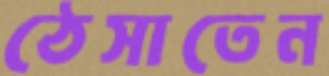
ঠেসাতেন